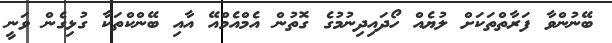
ބޭނުންވާ ފަރާތްތަކަށް ލުޔެއް ހޯދައިދިނުމުގެ ގޮތުން އެމްއެމްއޭ އާއި ބޭންކްތަކާ ގުޅިގެން ވަނީ